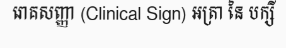
រោគសញ្ញា (Clinical Sign) អត្រា នៃ បក្សី